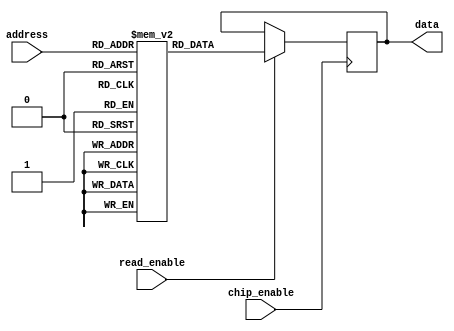
module OTP_ROM (
    input wire [address_width-1:0] address,
    output reg [data_width-1:0] data,
    input wire chip_enable,
    input wire read_enable
);

parameter address_width = 8;
parameter data_width = 16;
parameter rom_depth = 256;
reg [data_width-1:0] rom [0:rom_depth-1];

initial
begin
    // Initialize the ROM with the stored data
    // For example:
    // rom[0] = 16'h1234;
    // rom[1] = 16'h5678;
    // ...
end

always @(posedge chip_enable)
begin
    if (read_enable)
        data <= rom[address];
end

endmodule